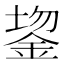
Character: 𬫔